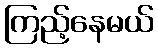
ကြည့်နေမယ်